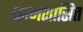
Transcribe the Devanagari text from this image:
धम्मशासित